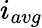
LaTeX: i_{avg}